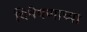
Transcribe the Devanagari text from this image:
विषेषणाच्या